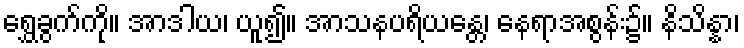
ရွှေခွက်ကို။ အာဒါယ၊ ယူ၍။ အာသနပရိယန္တေ၊ နေရာအစွန်း၌။ နိသိန္နာ၊